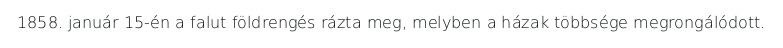
1858. január 15-én a falut földrengés rázta meg, melyben a házak többsége megrongálódott.